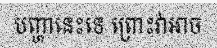
បញ្ហានេះទេ ព្រោះវាអាច